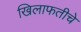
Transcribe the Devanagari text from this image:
खिलाफतीचे